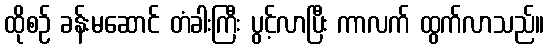
ထိုစဉ် ခန်းမဆောင် တံခါးကြီး ပွင့်လာပြီး ကာလက် ထွက်လာသည်။